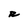
Character: R